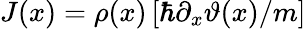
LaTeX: J(x)=\rho(x)\left[\hbar\partial_{x}\vartheta(x)/m\right]